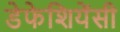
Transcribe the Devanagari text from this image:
डेफेशियेंसी